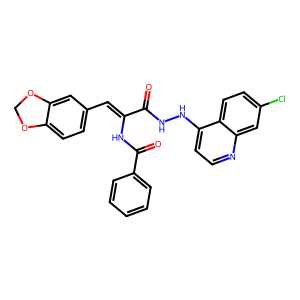
SMILES: O=C(NNc1ccnc2cc(Cl)ccc12)C(=Cc1ccc2c(c1)OCO2)NC(=O)c1ccccc1
Inhibits HIV replication: No